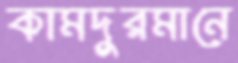
কামদুরমানে